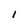
Character: 1